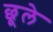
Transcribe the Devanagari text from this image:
छूले